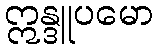
ဣန္ဒူပမော